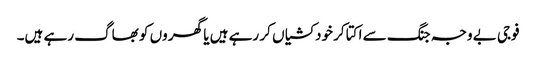
فوجی بے وجہ جنگ سے اکتا کر خودکشیاں کر رہے ہیں یا گھر وں کو بھاگ رہے ہیں۔